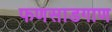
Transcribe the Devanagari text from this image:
फणसाडगाण